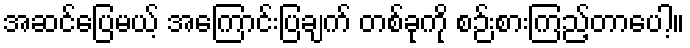
အဆင်ပြေမယ့် အကြောင်းပြချက် တစ်ခုကို စဉ်းစားကြည့်တာပေါ့။